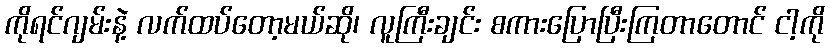
ကိုရင်ဂျမ်းနဲ့ လက်ထပ်တော့မယ်ဆို၊ လူကြီးချင်း စကားပြောပြီးကြတာတောင် ငါ့ကို